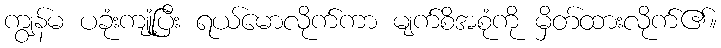
ကျွန်မ ပခုံးကျုံ့ပြီး ရယ်မောလိုက်ကာ မျက်စိအစုံကို မှိတ်ထားလိုက်၏။